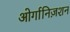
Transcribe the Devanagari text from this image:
ओर्गानिज़शन